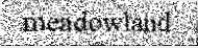
meadowland